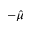
- \hat { \mu }